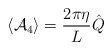
\begin{align*}\langle{\cal A}_4\rangle =\frac{2\pi\eta}{L} \hat Q\end{align*}